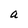
Character: a